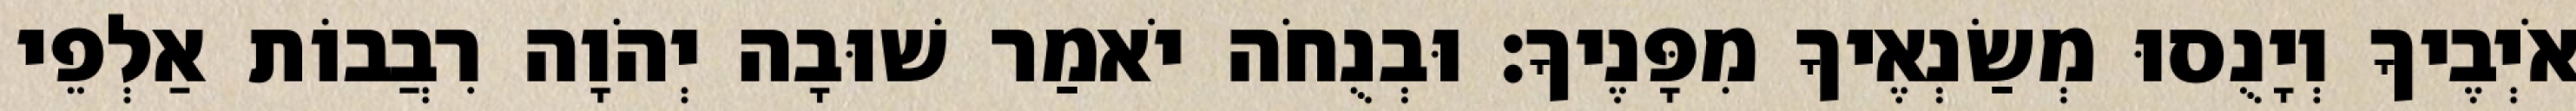
אֹיְבֶיךָ וְיָנֻסוּ מְשַׂנְאֶיךָ מִפָּנֶיךָ׃ וּבְנֻחֹה יֹאמַר שׁוּבָה יְהֹוָה רִבֲבוֹת אַלְפֵי